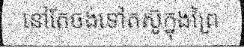
នៅតែចង់ទៅតស៊ូក្នុងព្រៃ